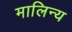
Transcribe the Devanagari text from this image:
मालिन्य